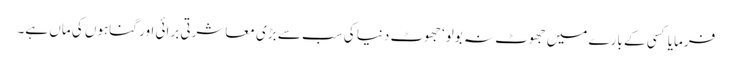
فرمایا کسی کے بارے میں جھوٹ نہ بولو‘ جھوٹ دنیا کی سب سے بڑی معاشرتی برائی اور گناہوں کی ماں ہے۔